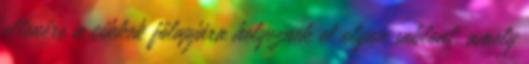
ellenére a cikkek főlapjára helyeznek el olyan sablont, amely